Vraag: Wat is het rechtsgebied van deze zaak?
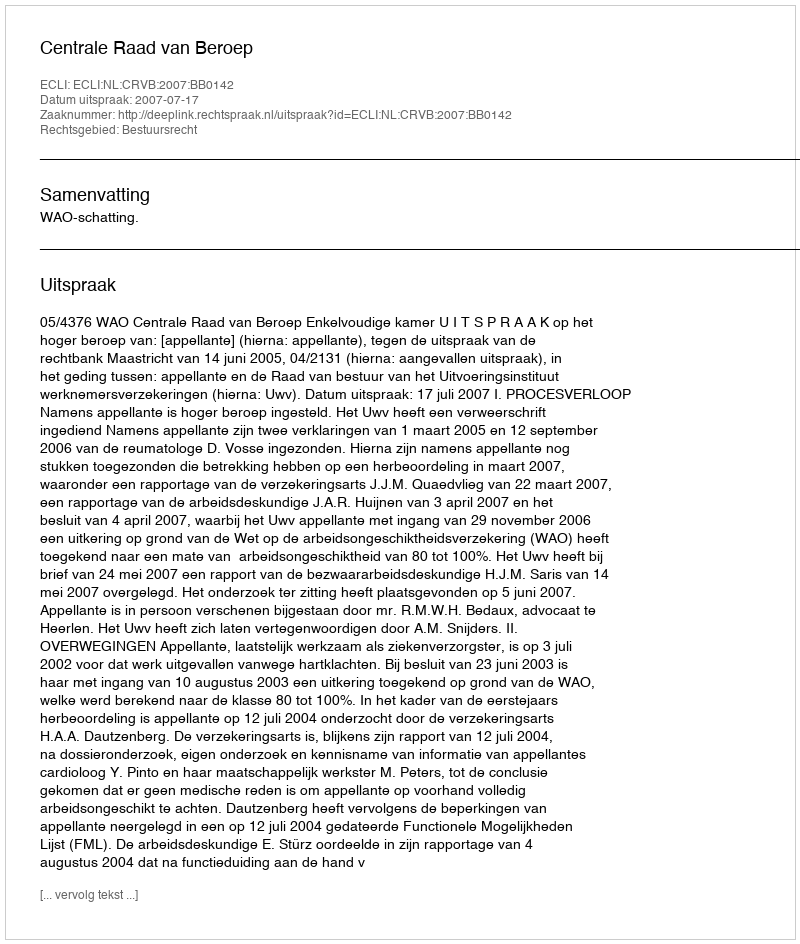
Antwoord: Bestuursrecht